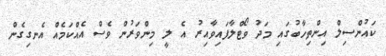
ކައުންސިލް އިންތިހާބުގައި މަދު ވޯޓްލާފައިވާއިރު އެ ލީ މިންވަރުން ވެސް އެއްކަމެއް އެނގިގެން